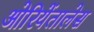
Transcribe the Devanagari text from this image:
ओरियेंतालेस